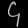
Digit: ၄